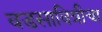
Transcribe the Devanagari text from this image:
वडसावित्रीचा